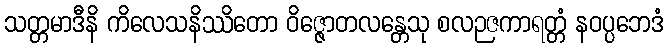
သတ္တမာဒီနိ ကိလေသနိဿိတော ဝိဇ္ဇောတလန္တေသု စလဉဇကာရတ္တံ နဝပ္ပဘေဒံ